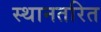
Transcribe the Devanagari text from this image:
स्थानतरित